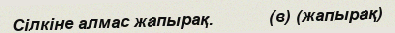
Сілкіне алмас жапырақ.           (в) (жапырақ)